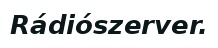
Rádiószerver.